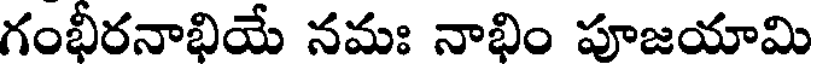
గంభీరనాభియే నమః నాభిం పూజయామి